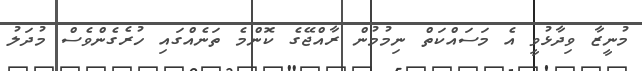
މުނީޒާ ވިދާޅުވީ އެ މަސައްކަތް ނިމުމުން ރާއްޖޭގެ ކޮންމެ ތަނެއްގައި ހުރެގެންވެސް މުދަލު